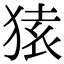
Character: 𫞤